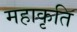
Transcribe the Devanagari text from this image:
महाकृति